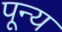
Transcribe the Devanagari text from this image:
पून्य